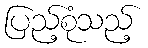
ပြည့်စုံသည့်